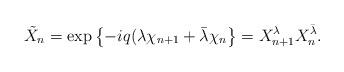
LaTeX: \begin{align*}\tilde{X}_n=\exp \left\{ -iq(\lambda \chi _{n+1}+\bar{\lambda}\chi_n\right\} =X_{n+1}^\lambda X_n^{\bar{\lambda}}.\end{align*}